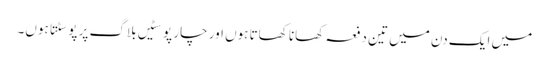
میں ایک دن میں تین دفعہ کھانا کھاتا ہوں اور چار پوسٹیں بلاگ پر پوسٹتا ہوں۔